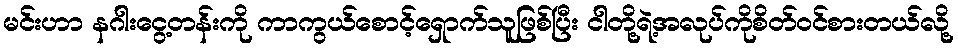
မင်းဟာ နဂါးငွေ့တန်းကို ကာကွယ်စောင့်ရှောက်သူဖြစ်ပြီး ငါတို့ရဲ့အလုပ်ကိုစိတ်ဝင်စားတယ်လို့